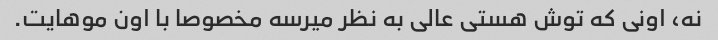
نه، اونی که توش هستی عالی به نظر میرسه مخصوصا با اون موهایت.